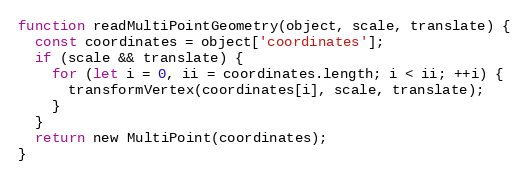
Language: JavaScript
function readMultiPointGeometry(object, scale, translate) {
  const coordinates = object['coordinates'];
  if (scale && translate) {
    for (let i = 0, ii = coordinates.length; i < ii; ++i) {
      transformVertex(coordinates[i], scale, translate);
    }
  }
  return new MultiPoint(coordinates);
}